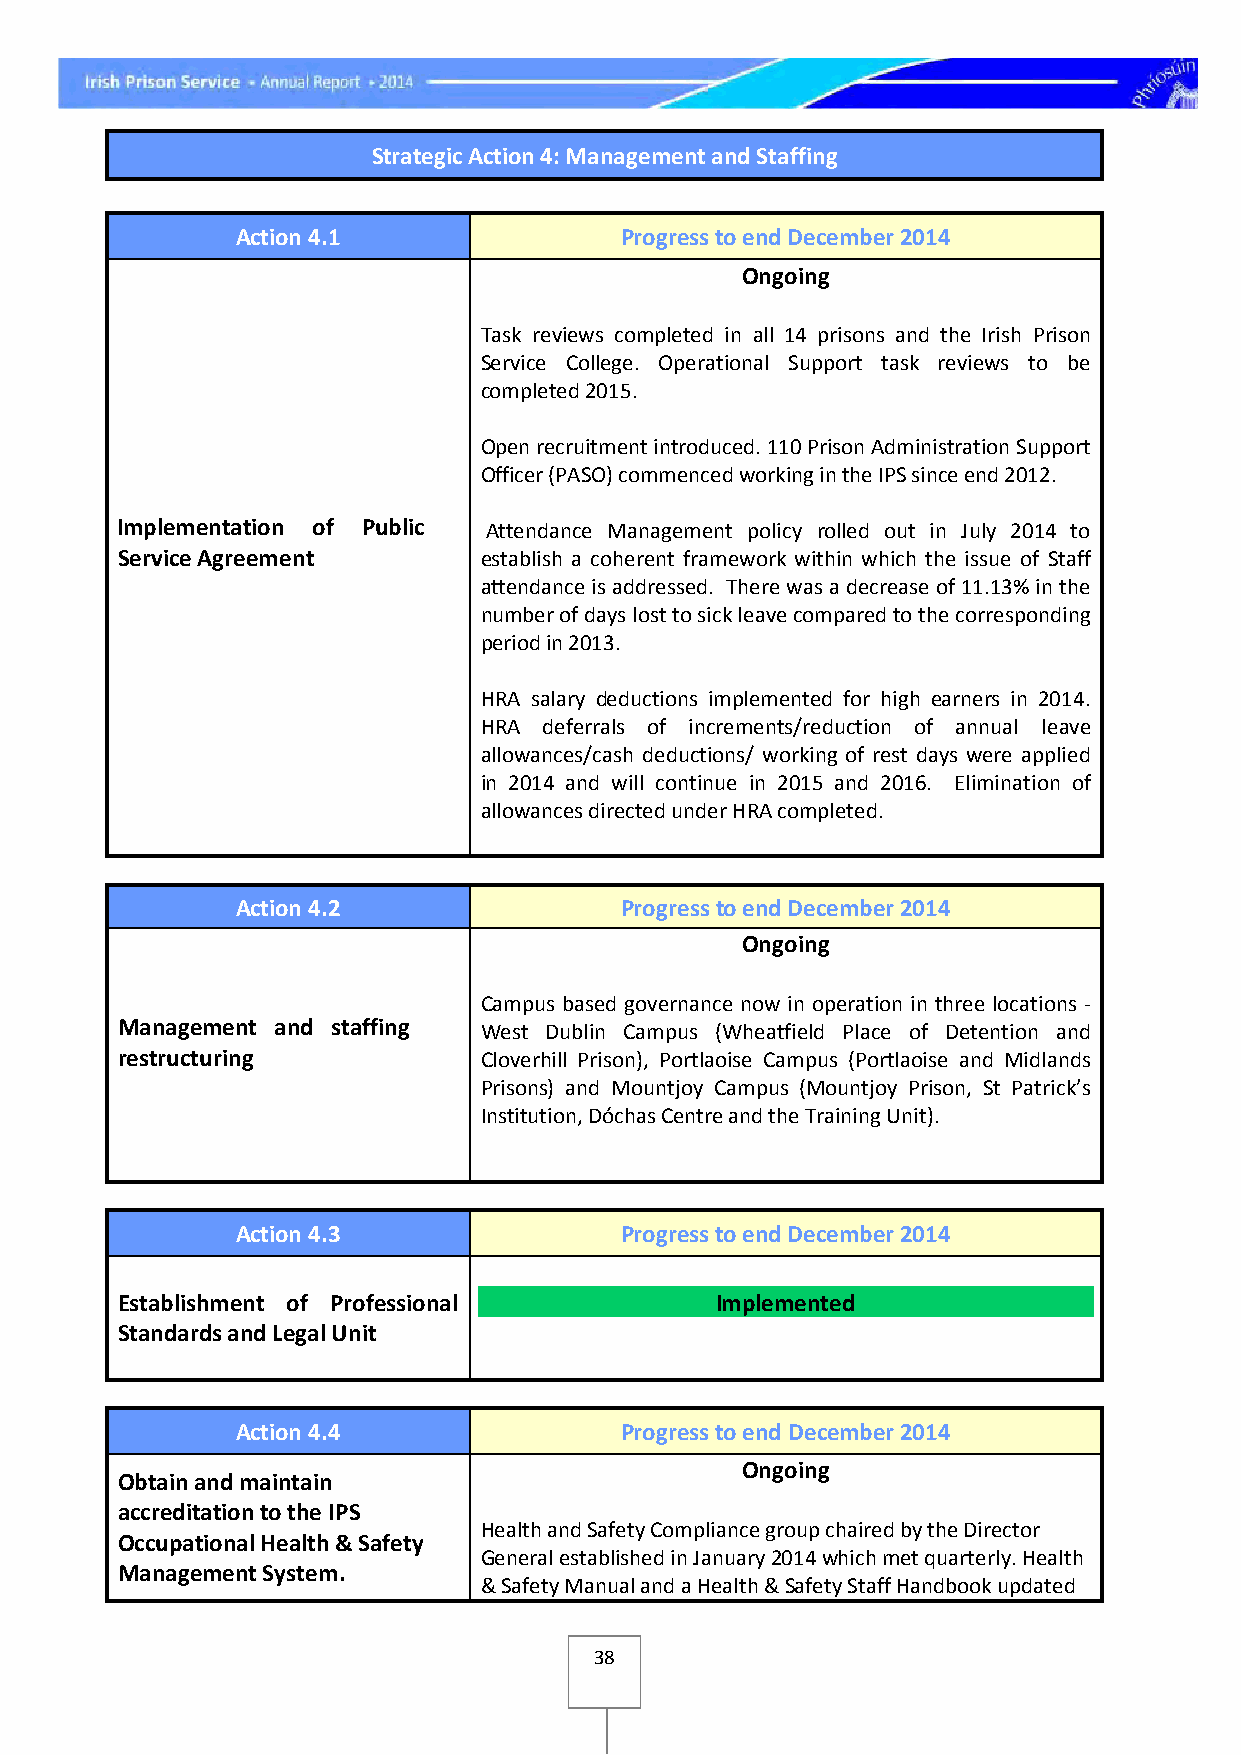
Strategic Action 4: Management and Staffing
 Action 4.1               Progress to end December 2014
 Ongoing
 Task reviews completed in all 14 prisons and the Irish Prison
 Service College. Operational Support task reviews to be
 completed 2015.
 Open recruitment introduced. 110 Prison Administration Support
 Officer (PASO) commenced working in the IPS since end 2012.
 Implementation of Public Attendance Management policy rolled out in July 2014 to
 Service Agreement       establish a coherent framework within which the issue of Staff
 attendance is addressed. There was a decrease of 11.13% in the
 number of days lost to sick leave compared to the corresponding
 period in 2013.
 HRA salary deductions implemented for high earners in 2014.
 HRA deferrals of increments/reduction of annual leave
 allowances/cash deductions/ working of rest days were applied
 in 2014 and will continue in 2015 and 2016. Elimination of
 allowances directed under HRA completed.
 Action 4.2               Progress to end December 2014
 Ongoing
 Campus based governance now in operation in three locations -
 Management and staffing West Dublin Campus (Wheatfield Place of Detention and
 restructuring           Cloverhill Prison), Portlaoise Campus (Portlaoise and Midlands
 Prisons) and Mountjoy Campus (Mountjoy Prison, St Patrick’s
 Institution, Dóchas Centre and the Training Unit).
 Action 4.3               Progress to end December 2014
 Establishment of Professional          Implemented
 Standards and Legal Unit
 Action 4.4               Progress to end December 2014
 Ongoing
 Obtain and maintain
 accreditation to the IPS
 Health and Safety Compliance group chaired by the Director
 Occupational Health & Safety
 General established in January 2014 which met quarterly. Health
 Management System.
 & Safety Manual and a Health & Safety Staff Handbook updated
 38